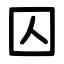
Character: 囚